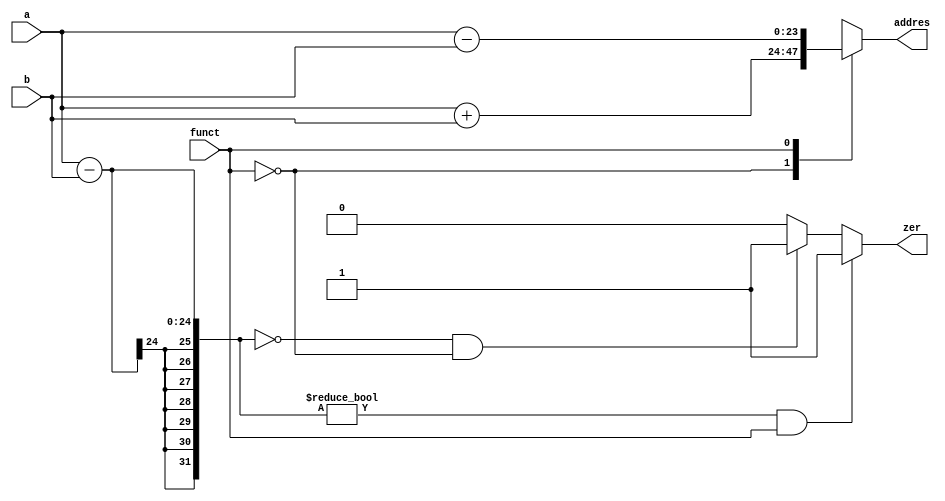
`timescale 1ns / 1ps

module add(input[23:0]a,b,input funct,output reg[23:0]addres,output reg zer);
always@(*)
begin
zer=0;
case(funct)
2'b0:
begin
addres = a+b;
end
2'b1:
begin
addres=a-b;
end
endcase
if ((a-b)==0 && funct==0) zer=1;
if ((a-b)!=0 && funct==1) zer=1;
end
endmodule